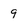
Character: 9